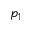
p _ { 1 }